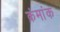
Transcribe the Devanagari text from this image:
क्रंमांक